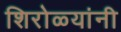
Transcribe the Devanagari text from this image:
शिरोळ्यांनी